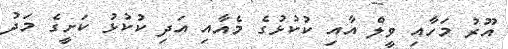
އޫރު މަހާއި ވީލް އާއި ކުކުޅުގެ މެއާއި އަދި ކުކުޅު ކަށީގެ މަދު